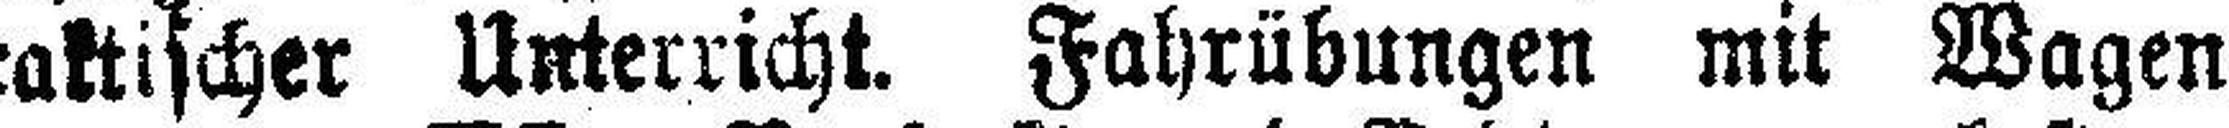
praktischer Unterricht. Fahrübungen mit Wagen